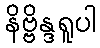
နိဗ္ဗိန္ဒရူပါ